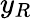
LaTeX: y_{R}